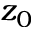
z _ { 0 }